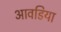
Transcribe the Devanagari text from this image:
आवडिया